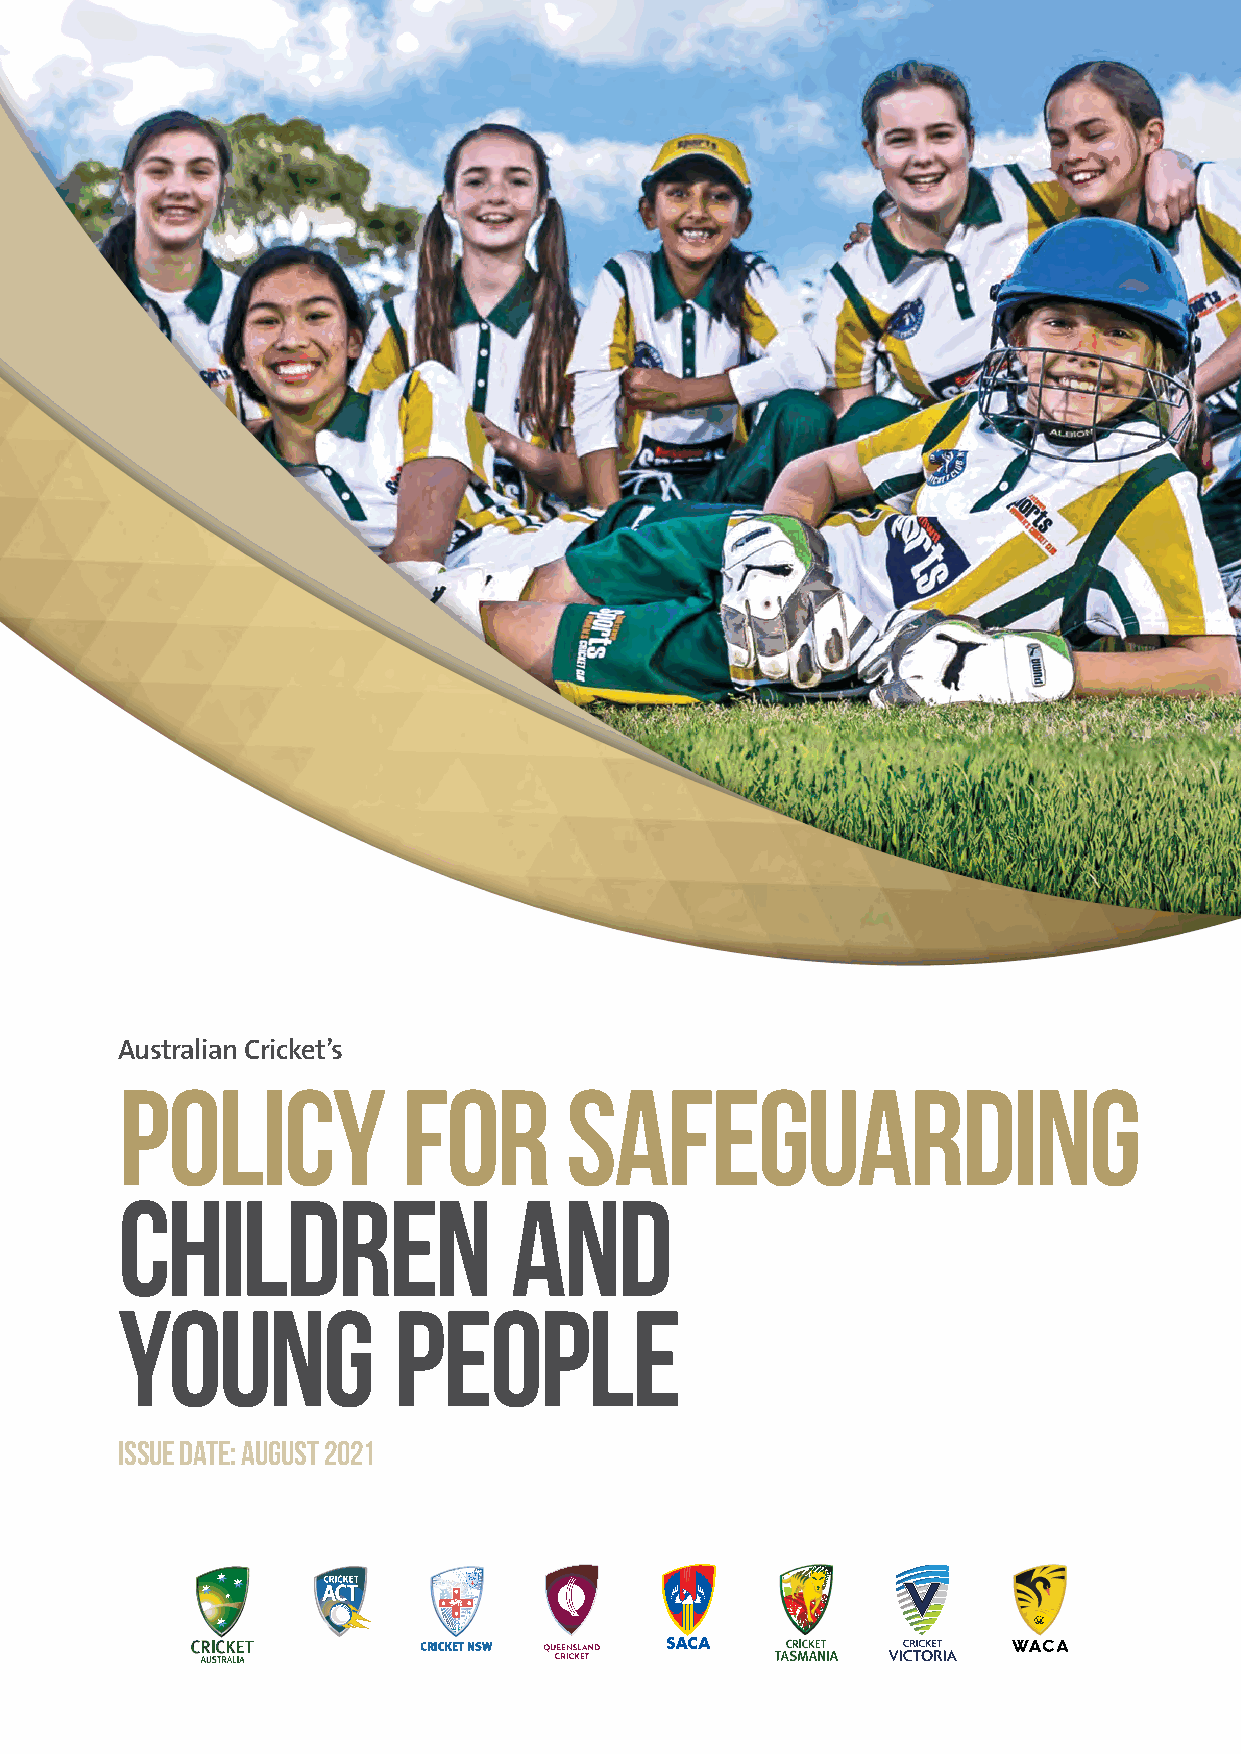
Australian Cricket’s
 Policy             for       Safeguarding
 Children                  and
 Young             People
 Issue date: August 2021